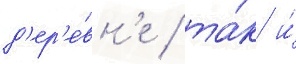
д'ер'е́вн'е / та́к и́